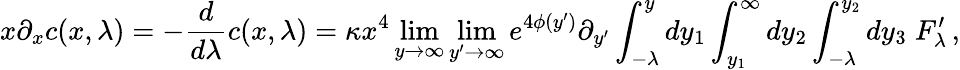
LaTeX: x\partial_{x}c(x,\lambda)=-\frac{d}{d\lambda}c(x,\lambda)=\kappa x^{4}\operatorname*{lim}_{y\rightarrow\infty}\operatorname*{lim}_{y^{\prime}\rightarrow\infty}e^{4\phi(y^{\prime})}\partial_{y^{\prime}}\int_{-\lambda}^{y}dy_{1}\int_{y_{1}}^{\infty}dy_{2}\int_{-\lambda}^{y_{2}}dy_{3}\; F_{\lambda}^{\prime}\, ,